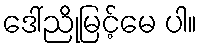
ဒေါ်ညိုမြင့်မေ ပါ။